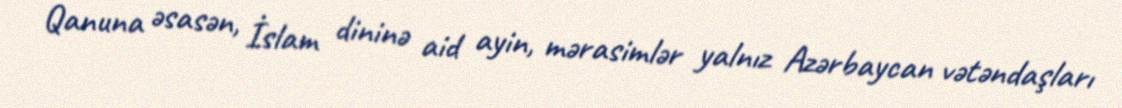
Qanuna əsasən, İslam dininə aid ayin, mərasimlər yalnız Azərbaycan vətəndaşları